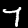
Digit: 7